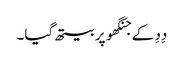
دِدِ کے جنگھو پر بیتھ گیا۔